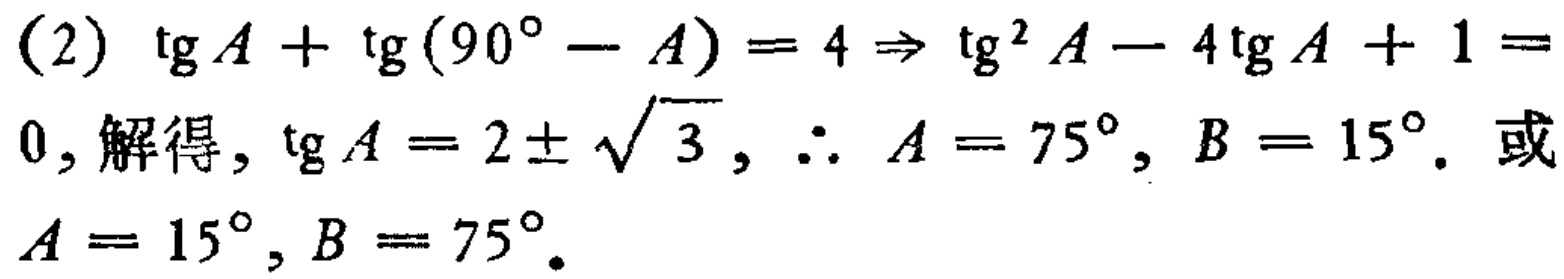
(2) \(\text{tg}A+\text{tg}(90^{\circ}-A)=4\Rightarrow \text{tg}^{2}A - 4\text{tg}A+1 = 0\), 解得, \(\text{tg}A=2\pm\sqrt{3}\), \(\therefore A = 75^{\circ},B = 15^{\circ}\). 或 \(A = 15^{\circ},B = 75^{\circ}\).